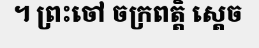
។ ព្រះចៅ ចក្រពត្តិ ស្តេច